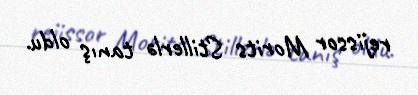
rejissor Morits Stillerlə tanış oldu.